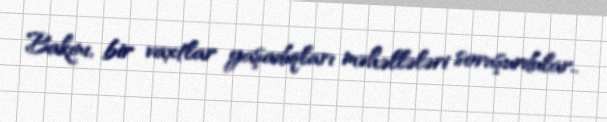
Bakını, bir vaxtlar yaşadıqları məhəllələri soruşurdular..